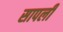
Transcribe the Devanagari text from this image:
सापली